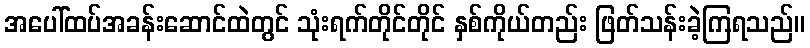
အပေါ်ထပ်အခန်းဆောင်ထဲတွင် သုံးရက်တိုင်တိုင် နှစ်ကိုယ်တည်း ဖြတ်သန်းခဲ့ကြရသည်။